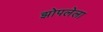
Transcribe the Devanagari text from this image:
झोपलेला